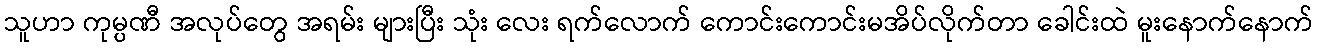
သူဟာ ကုမ္ပဏီ အလုပ်တွေ အရမ်း များပြီး သုံး လေး ရက်လောက် ကောင်းကောင်းမအိပ်လိုက်တာ ခေါင်းထဲ မူးနောက်နောက်